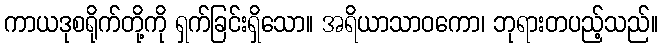
ကာယဒုစရိုက်တို့ကို ရှက်ခြင်းရှိသော။ အရိယာသာဝကော၊ ဘုရားတပည့်သည်။